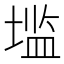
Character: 𰊑